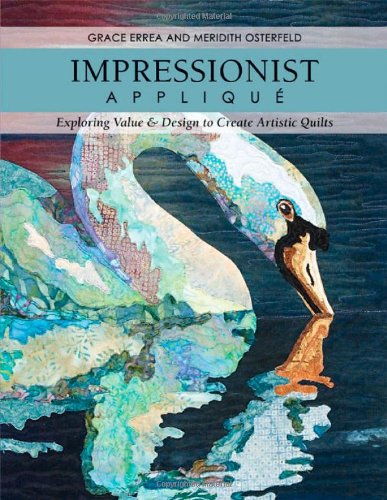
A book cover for Impressionist Applique: Exploring Value & Design to Create Artistic Quilts; Grace Errea; Crafts, Hobbies & Home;